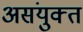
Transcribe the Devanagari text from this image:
असंयुक्‍त